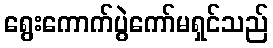
ရွေးကောက်ပွဲကော်မရှင်သည်